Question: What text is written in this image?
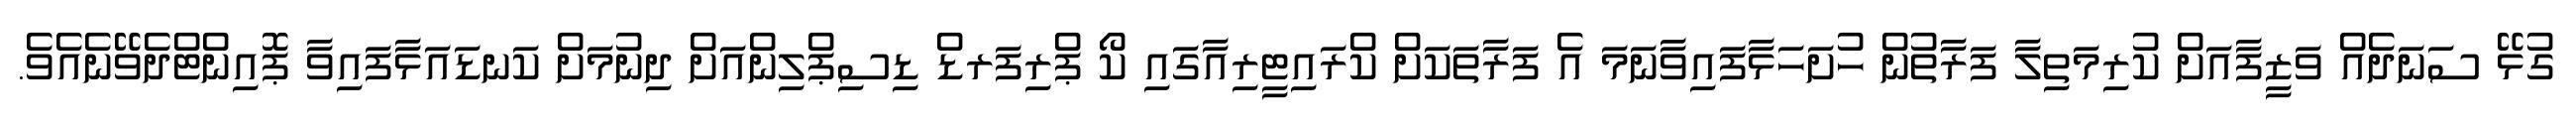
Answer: ގުޅޭ ސަނަދެއް ވަޒީފާއަށް ކުރިމަތިލާ ފަރާތުން ހުށަހަޅާފައިވާނަމަ އެ ފަރާތަކަށް ކްރައިޓީރިއާގައި ކޯ ޕްރިފަރޑް ޑިސިޕްލިންއަށް ދިނުމަށް ކަނޑައަޅާފައިވާ ޕޮއިންޓްދެވޭނެއެވެ.